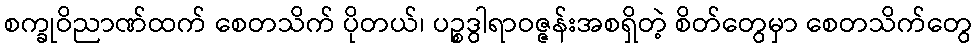
စက္ခုဝိညာဏ်ထက် စေတသိက် ပိုတယ်၊ ပဉ္စဒွါရာဝဇ္ဇန်းအစရှိတဲ့ စိတ်တွေမှာ စေတသိက်တွေ